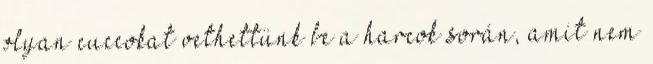
olyan cuccokat vethettünk be a harcok során, amit nem